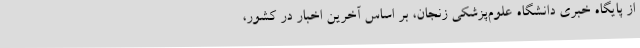
از پایگاه خبری دانشگاه علوم‌پزشکی زنجان، بر اساس آخرین اخبار در کشور،